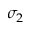
\sigma _ { 2 }